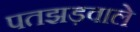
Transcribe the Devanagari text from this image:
पतझड़वाले